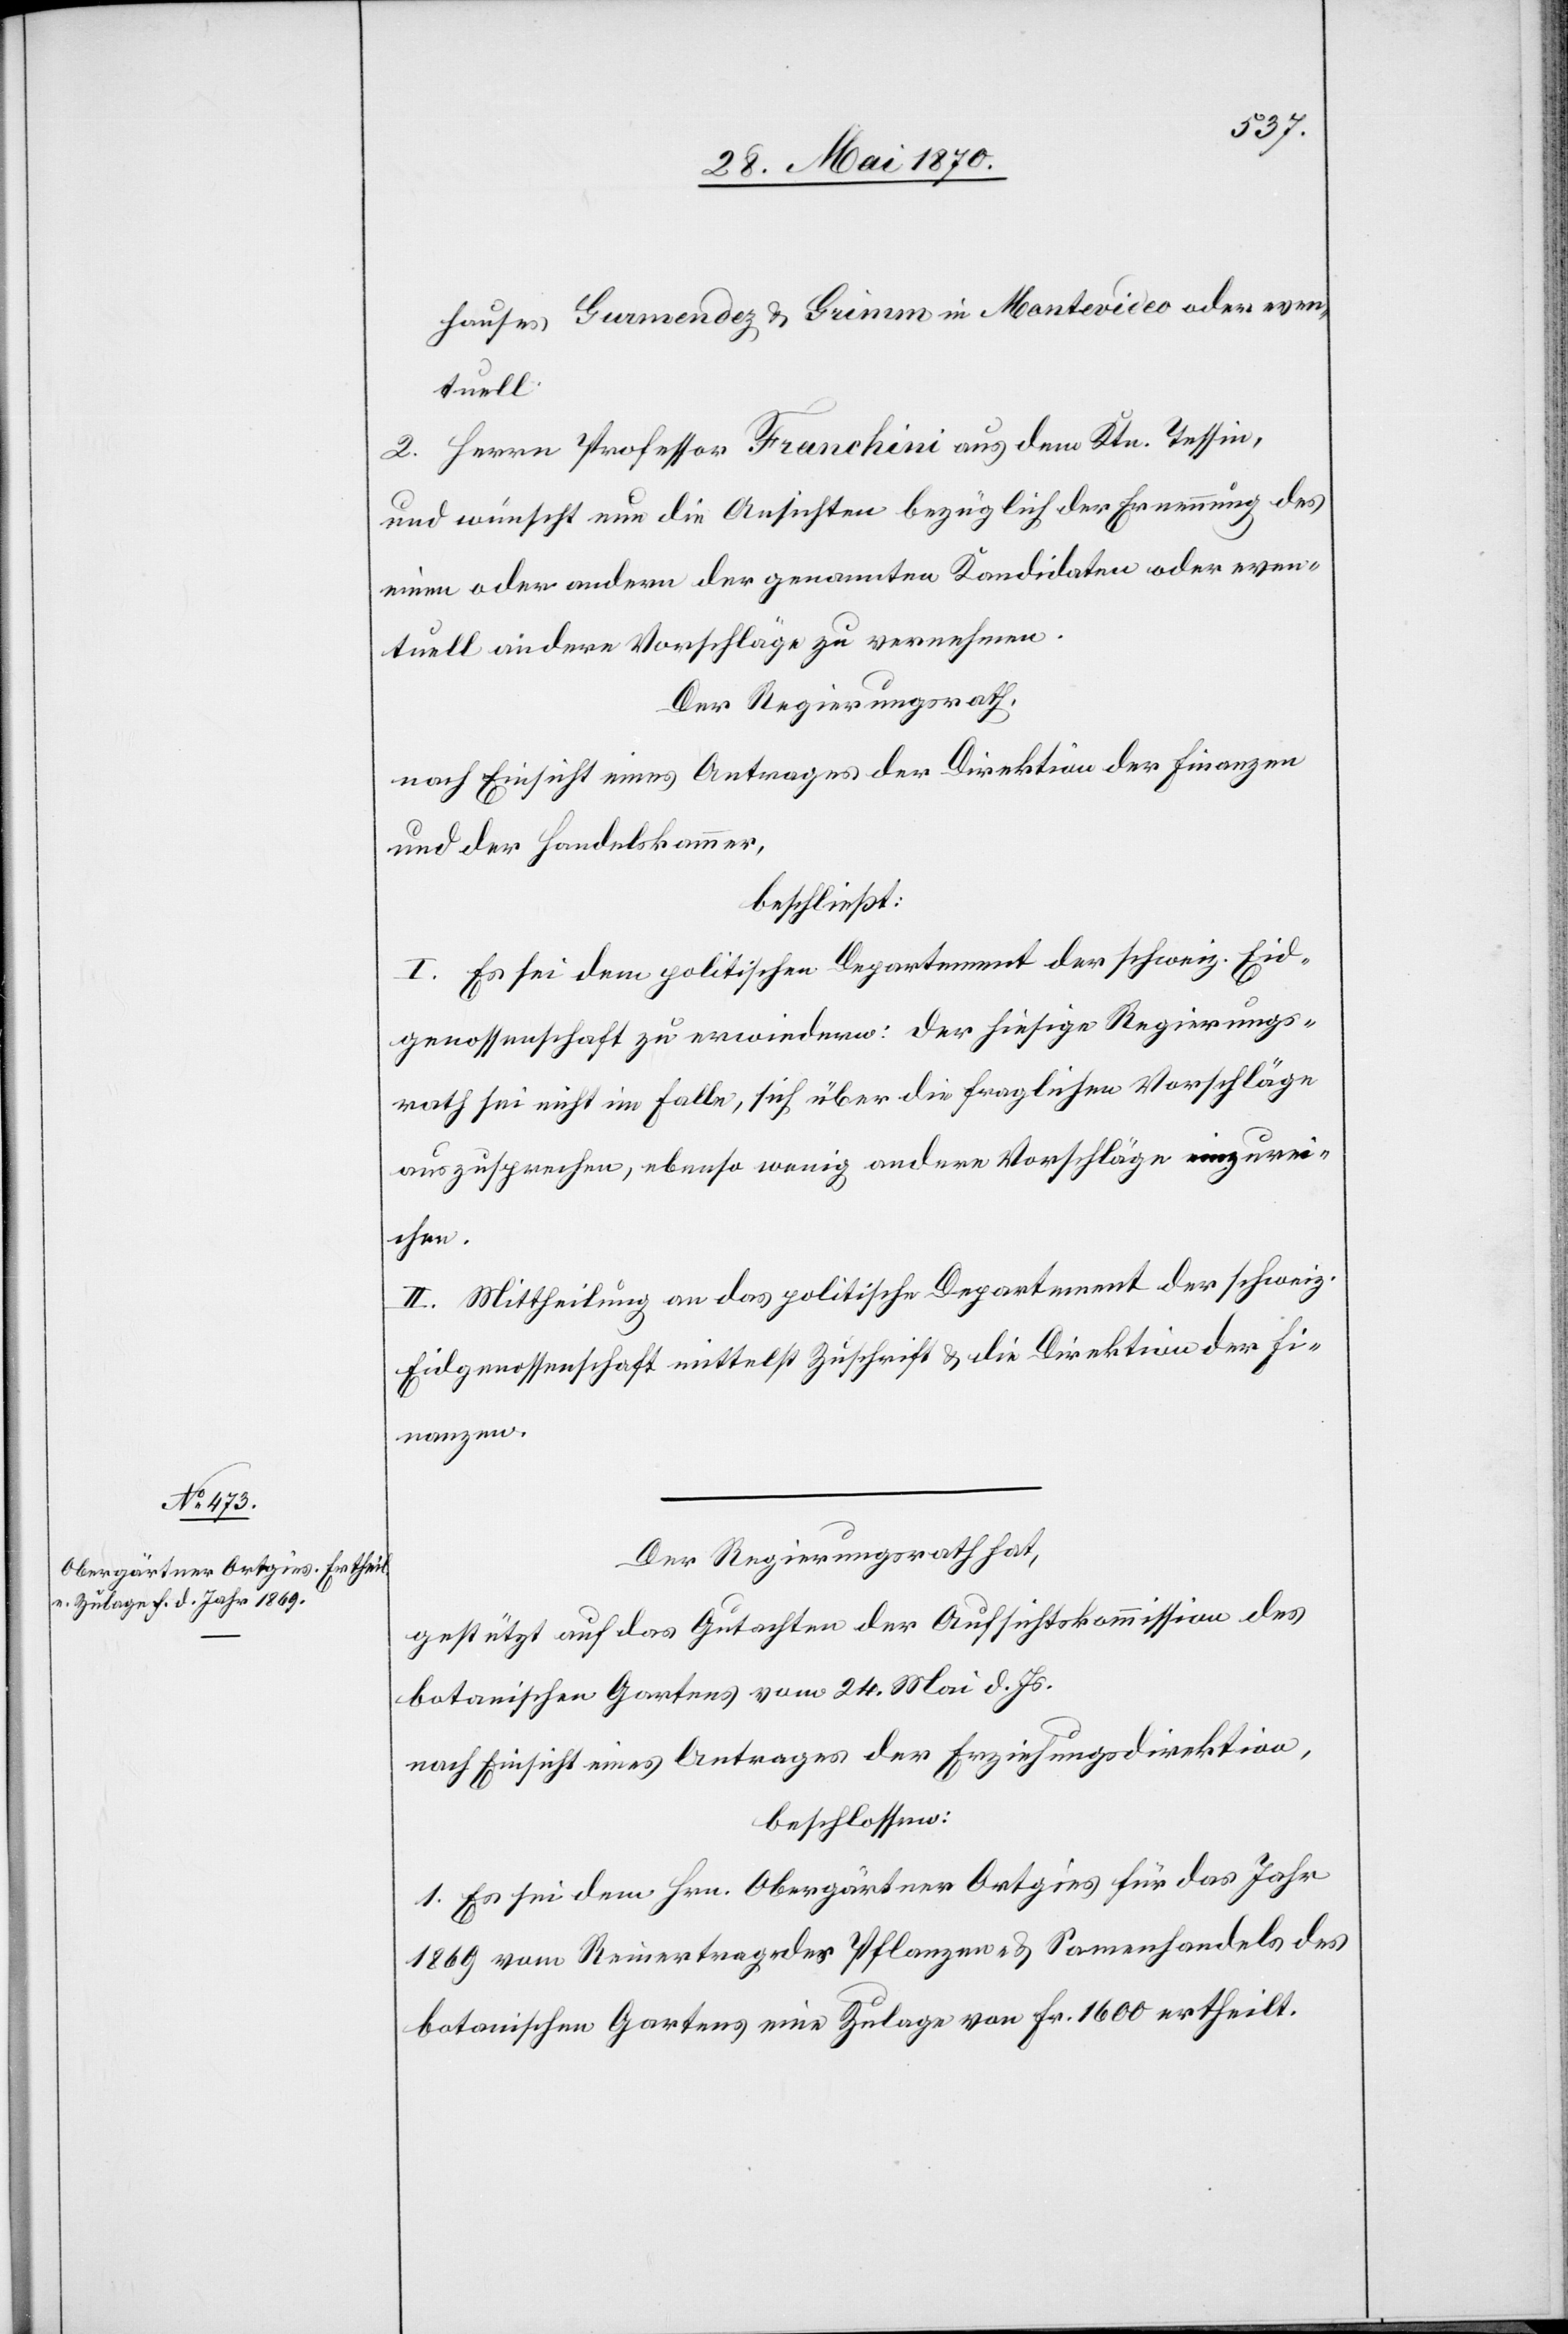
hauses [sic!] Gurmendez & Grimm in Montevideo oder even¬
tuell
2. Herrn Professor Franchini aus dem Ktn. Tessin,
und wünscht nun die Ansichten bezüglich der Ernennung des
einen oder andern der genannten Kandidaten oder even¬
tuell andere Vorschläge zu vernehmen.
Der Regierungsrath,
nach Einsicht eines Antrages der Direktion der Finanzen
und der Handelskammer,
beschließt:
I. Es sei dem politischen Departement der schweiz. Eid¬
genossenschaft zu erwiedern: der hiesige Regierungs¬
rath sei nicht im Falle, sich über die fraglichen Vorschläge
auszusprechen, ebenso wenig andere Vorschläge einzurei¬
chen.
II. Mittheilung an das politische Departement der schweiz.
Eidgenossenschaft mittelst Zuschrift & die Direktion der Fi¬
nanzen.
Der Regierungsrath hat,
gestützt auf das Gutachten der Aufsichtskommission des
botanischen Gartens vom 24. Mai d. Js.
nach Einsicht eines Antrages der Erziehungsdirektion,
beschlossen:
1. Es sei dem Hrn. Obergärtner Ortgies für das Jahre
1869 vom Reinertrage des Pflanzen- & Samenhandels des
botanischen Gartens eine Zulage von Fr. 1600 ertheilt.